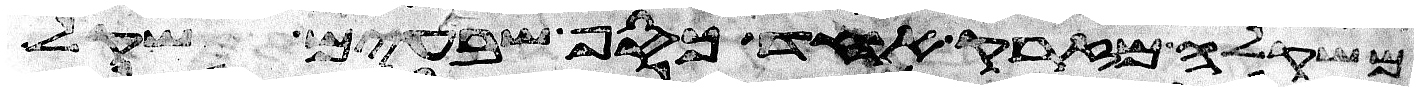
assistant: משקלה מזרק אחד כסף שבעים שקל